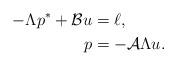
LaTeX: \begin{align*}- \Lambda p^* + \mathcal B u & = \ell , \\p & = - \mathcal A \Lambda u .\end{align*}